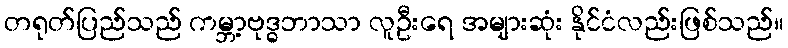
တရုတ်ပြည်သည် ကမ္ဘာ့ဗုဒ္ဓဘာသာ လူဦးရေ အများဆုံး နိုင်ငံလည်းဖြစ်သည်။